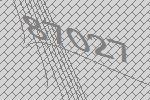
87027